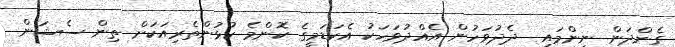
ގެންދަން ނިންމައި  ދެދުވަހުން އެއްދުވަހަކު އެކަޑަމީގެ ކޮންމެ ކުޅުންތެރިއަކަށް ތިން ސެޝަން